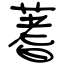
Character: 蓍